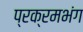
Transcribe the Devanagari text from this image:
प्रक्रमभंग